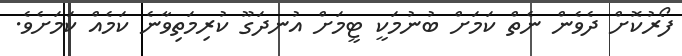
ފޯރުކޮށް ދެވެން ނެތް ކަމަށް ބުނުމަކީ ޓީމަށް އުނދަގޫ ކުރިމަތިވާނެ ކަމެއް ކަމަށެވެ.